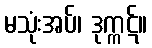
မသုံးအပ်၊ ဒုက္ကဋ်။